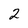
Character: 2